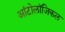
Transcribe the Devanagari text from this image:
आंटोलॉजिकल